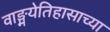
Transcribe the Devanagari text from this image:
वाङ्मयेतिहासाच्या